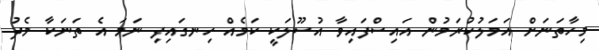
މިހާތަނަށް އަމަލުކުރަމުން އައިސްފައިވާ އުސޫލަކީ ކަމެއް ހިނގައިފި ނަމަ އެ ތަނަކާ މެދު